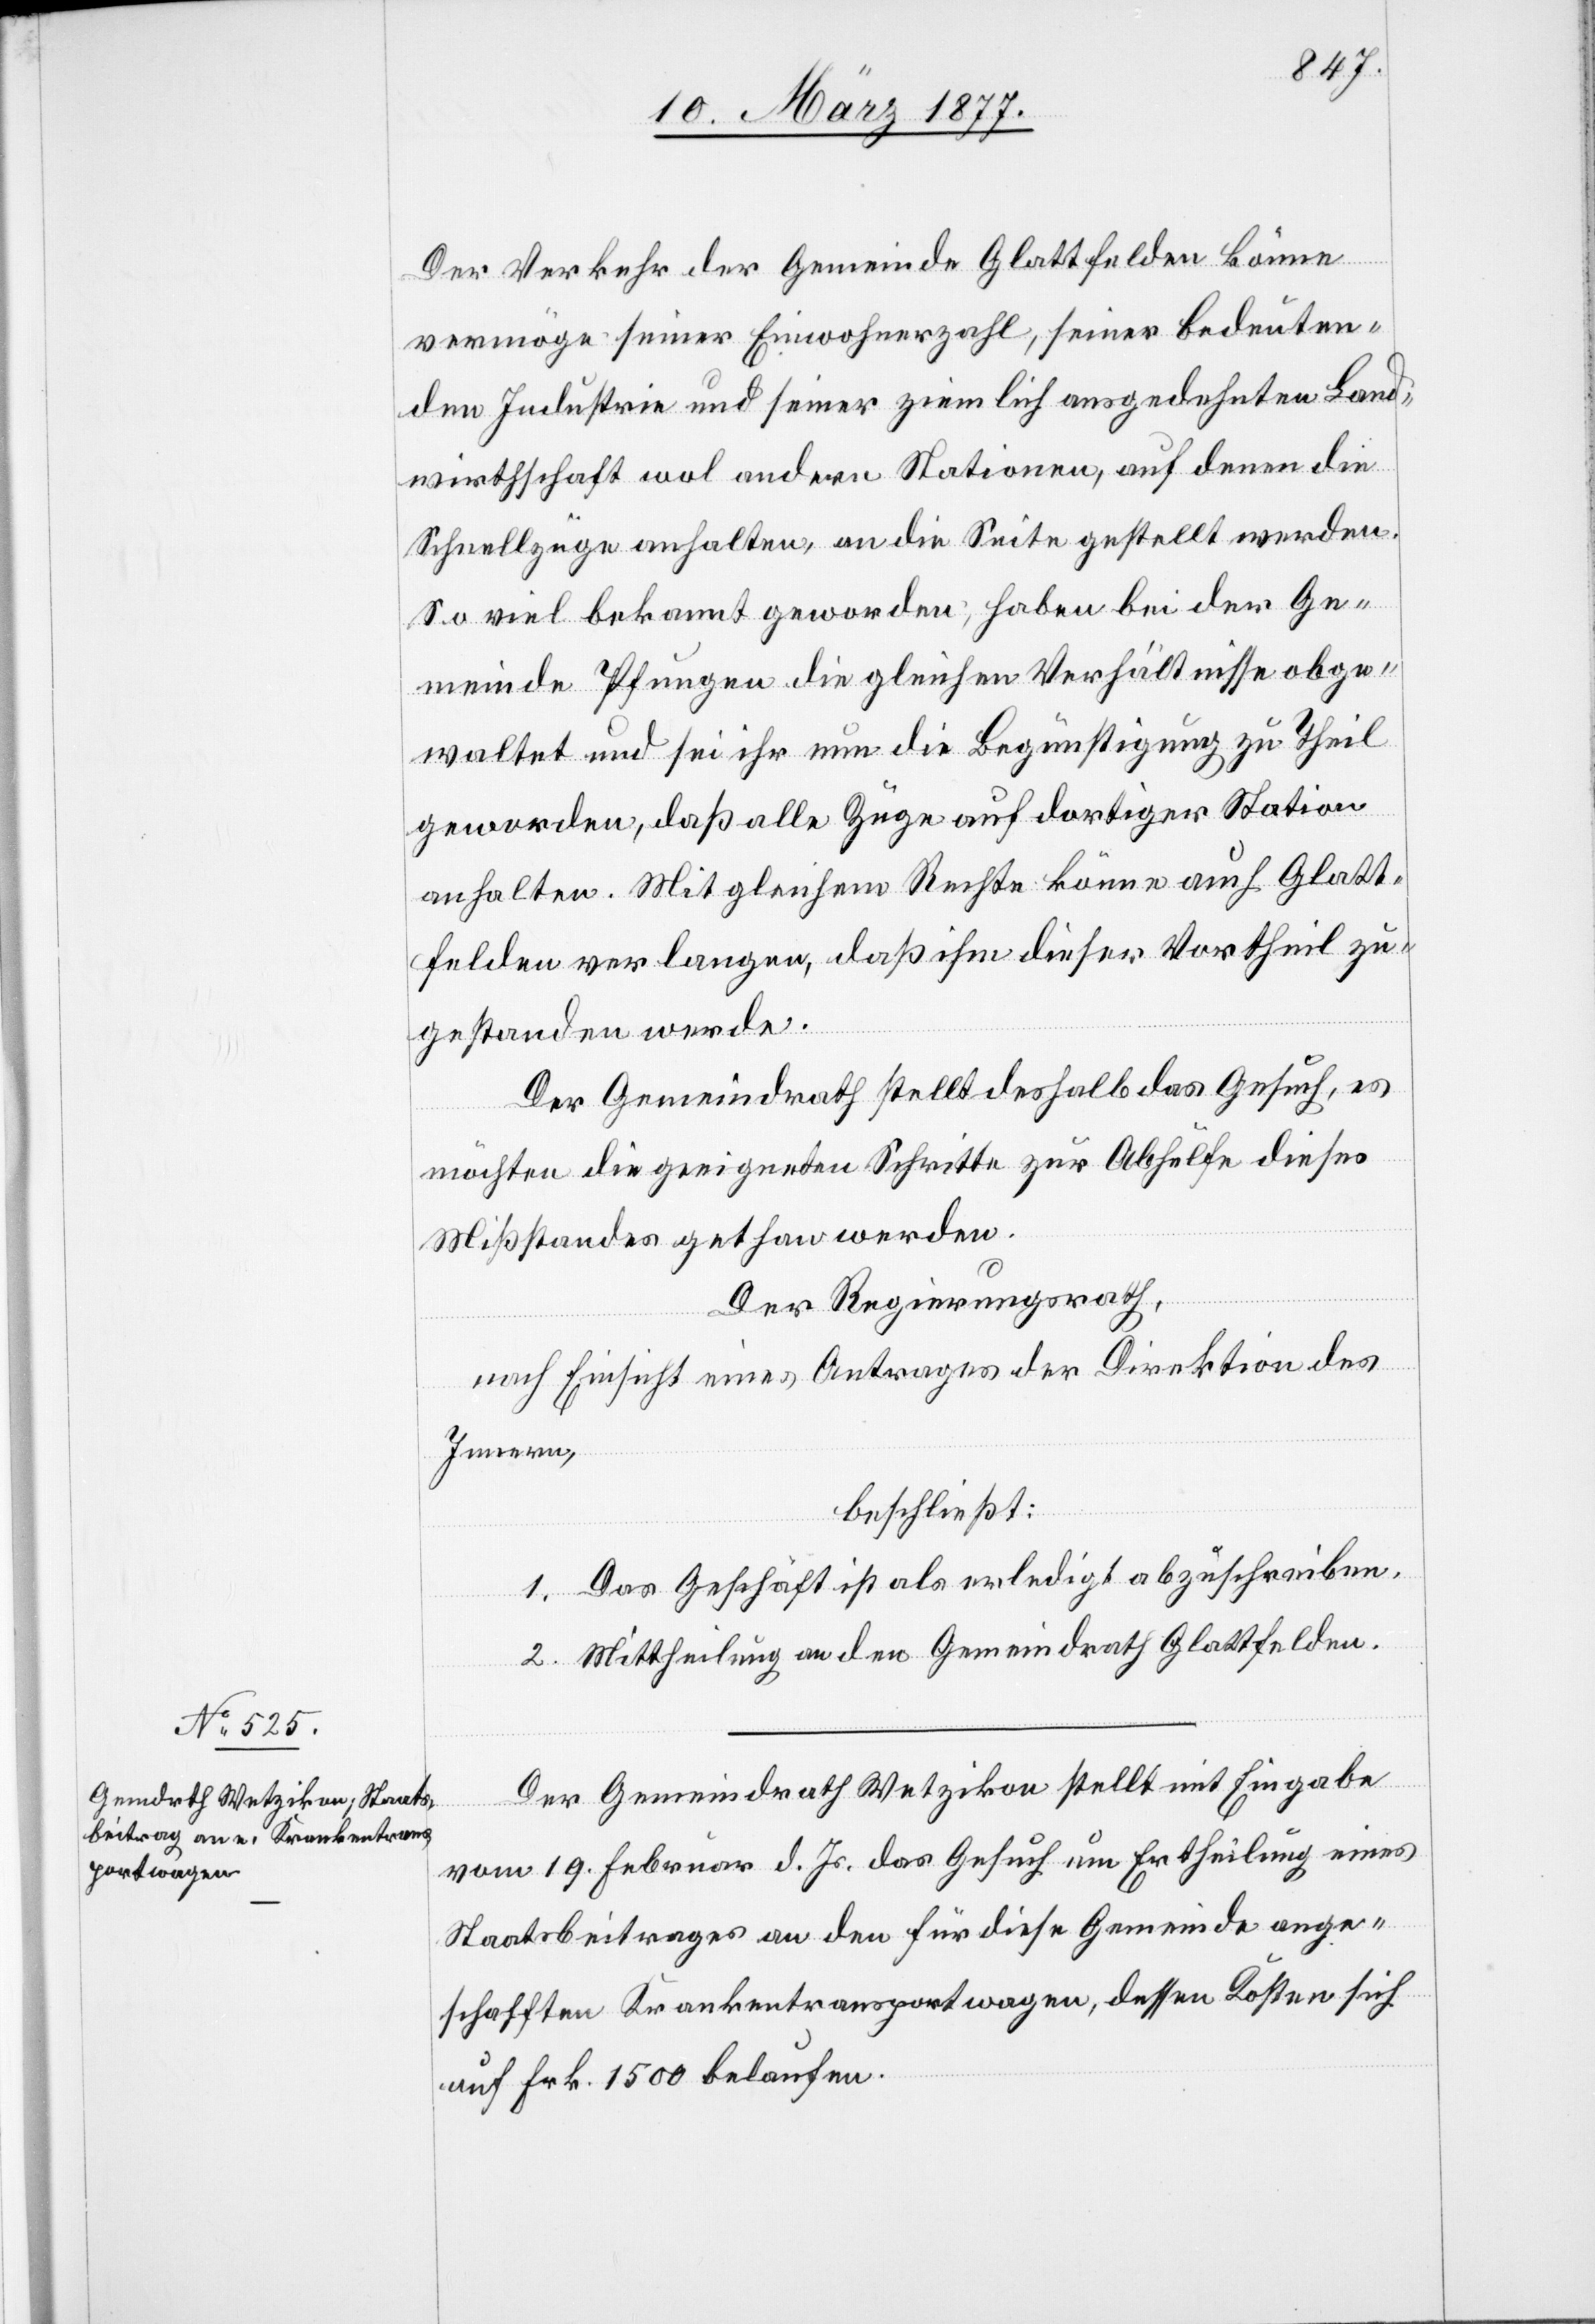
Der Verkehr der Gemeinde Glattfelden könne
vermöge seiner Einwohnerzahl, seiner bedeuten¬
den Industrie und seiner ziemlich ausgedehnten Land¬
wirthschaft wol andere Stationen, auf denen die
Schnellzüge anhalten, an die Seite gestellt werden.
So viel bekannt geworden, haben bei der Ge¬
meinde Pfungen die gleichen Verhältnisse obge¬
waltet und sei ihr nun die Begünstigung zu Theil
geworden, daß alle Züge auf dortiger Station
anhalten. Mit gleichem Rechte könne auch Glatt¬
felden verlangen, daß ihm dieser Vortheil zu¬
gestanden werde.
Der Gemeindrath stellt deshalb das Gesuch, es
möchten die geeigneten Schritte zur Abhülfe dieses
Mißstandes gethan werden.
Der Regierungsrath,
nach Einsicht eines Antrages der Direktion des
Innern,
beschließt:
1. Das Geschäft ist als erledigt abzuschreiben.
2. Mittheilung an den Gemeindrath Glattfelden.
Der Gemeindrath Wetzikon stellt mit Eingabe
vom 19. Februar d. Js. das Gesuch um Ertheilung eines
Staatsbeitrages an den für diese Gemeinde ange¬
schafften Krankentransportwagen, dessen Kosten sich
auf Frk. 1500 belaufen.